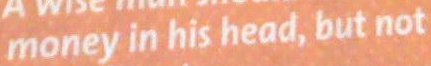
money in his head, but not